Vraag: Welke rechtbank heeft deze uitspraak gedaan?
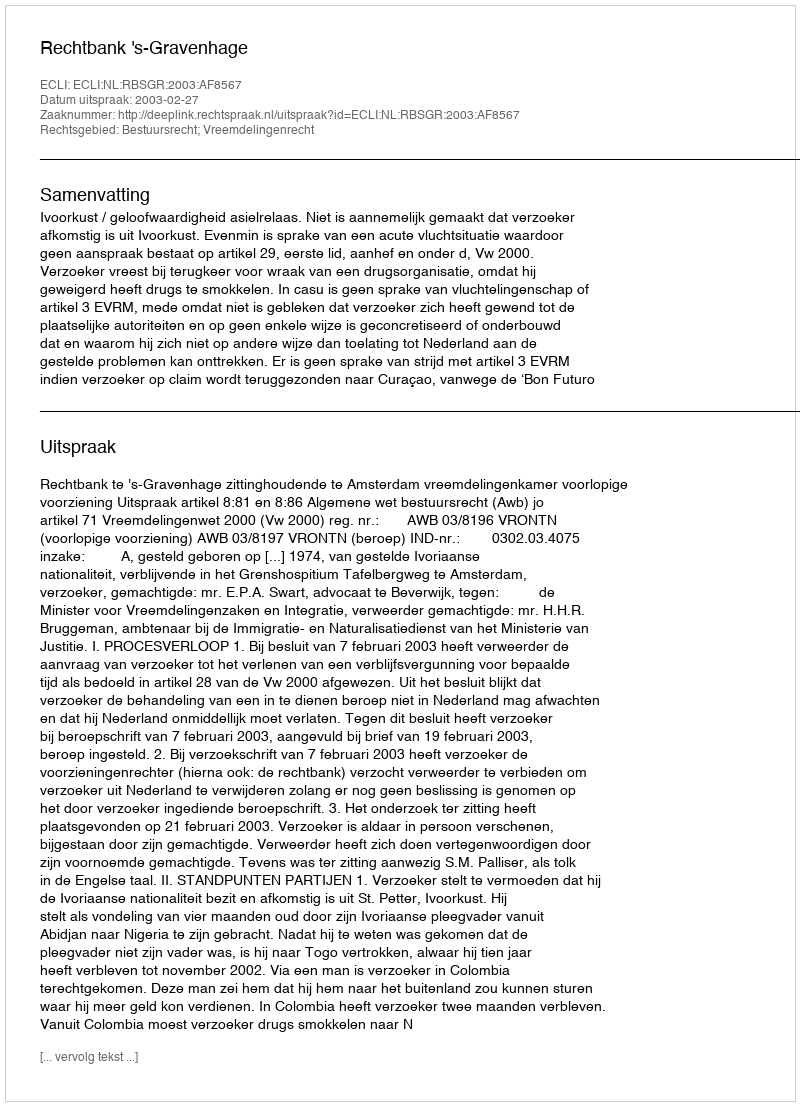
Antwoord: Rechtbank 's-Gravenhage